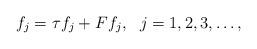
LaTeX: \begin{align*}f_j=\tau f_j+Ff_j,\ \ j=1,2,3,\ldots,\end{align*}